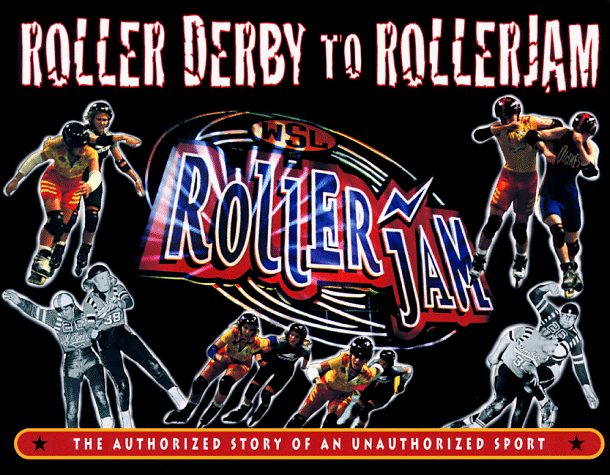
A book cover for Roller Derby to RollerJam: The Authorized Story of an Unauthorized Sport; Keith Coppage; Sports & Outdoors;